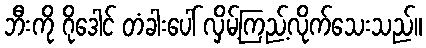
ဘီးကို ဂိုဒေါင် တံခါးပေါ် လှိမ့်ကြည့်လိုက်သေးသည်။